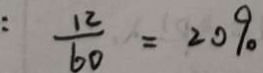
: \frac { 1 2 } { 6 0 } = 2 0 9 0